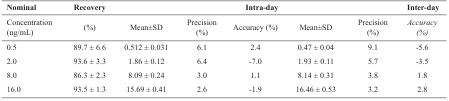
<table><thead><tr><td><b>Nominal </b></td><td><b>Recovery </b></td><td colspan="3"><b>Intra-day </b></td><td colspan="3"><b>Inter-day </b></td></tr></thead><tbody><tr><td>Concentration (ng/mL) </td><td>(%) </td><td>Mean±SD </td><td>Precision (%) </td><td>Accuracy (%) </td><td>Mean±SD </td><td>Precision (%) </td><td><i>Accuracy (%) </i></td></tr><tr><td>0.5 </td><td>89.7 ± 6.6 </td><td>0.512 ± 0.031 </td><td>6.1 </td><td>2.4 </td><td>0.47 ± 0.04 </td><td>9.1 </td><td>-5.6 </td></tr><tr><td>2.0 </td><td>93.6 ± 3.3 </td><td>1.86 ± 0.12 </td><td>6.4 </td><td>-7.0 </td><td>1.93 ± 0.11 </td><td>5.7 </td><td>-3.5 </td></tr><tr><td>8.0 </td><td>86.3 ± 2.3 </td><td>8.09 ± 0.24 </td><td>3.0 </td><td>1.1 </td><td>8.14 ± 0.31 </td><td>3.8 </td><td>1.8 </td></tr><tr><td>16.0 </td><td>93.5 ± 1.3 </td><td>15.69 ± 0.41 </td><td>2.6 </td><td>-1.9 </td><td>16.46 ± 0.53 </td><td>3.2 </td><td>2.8 </td></tr></tbody></table>